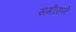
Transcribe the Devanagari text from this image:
समीराने